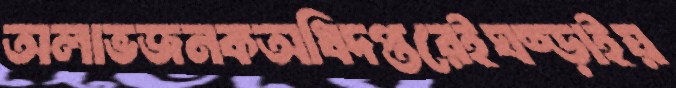
অলাভজনকঅধিদপ্তরেইঘষ্‌ড়াইয়